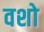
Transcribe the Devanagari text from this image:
वशो